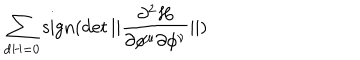
\sum _ { d H = 0 } \mathrm { s i g n } ( \det | | { \frac { \partial ^ { 2 } H } { \partial \phi ^ { \mu } \partial \phi ^ { \nu } } } | | )